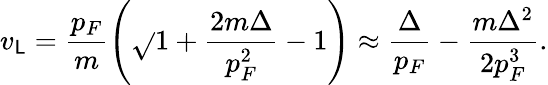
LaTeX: v_{\mathsf{L}}=\frac{{p_{F}}}{{m}}\left(\sqrt{}{{1+\frac{{2m\Delta}}{{p_{F}^{2}}}}}-1\right)\approx\frac{{\Delta}}{{p_{F}}}-\frac{{m\Delta^{2}}}{{2p_{F}^{3}}}.